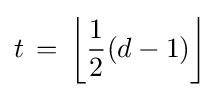
t\,=\,\left\lfloor {\frac {1}{2}}(d-1)\right\rfloor